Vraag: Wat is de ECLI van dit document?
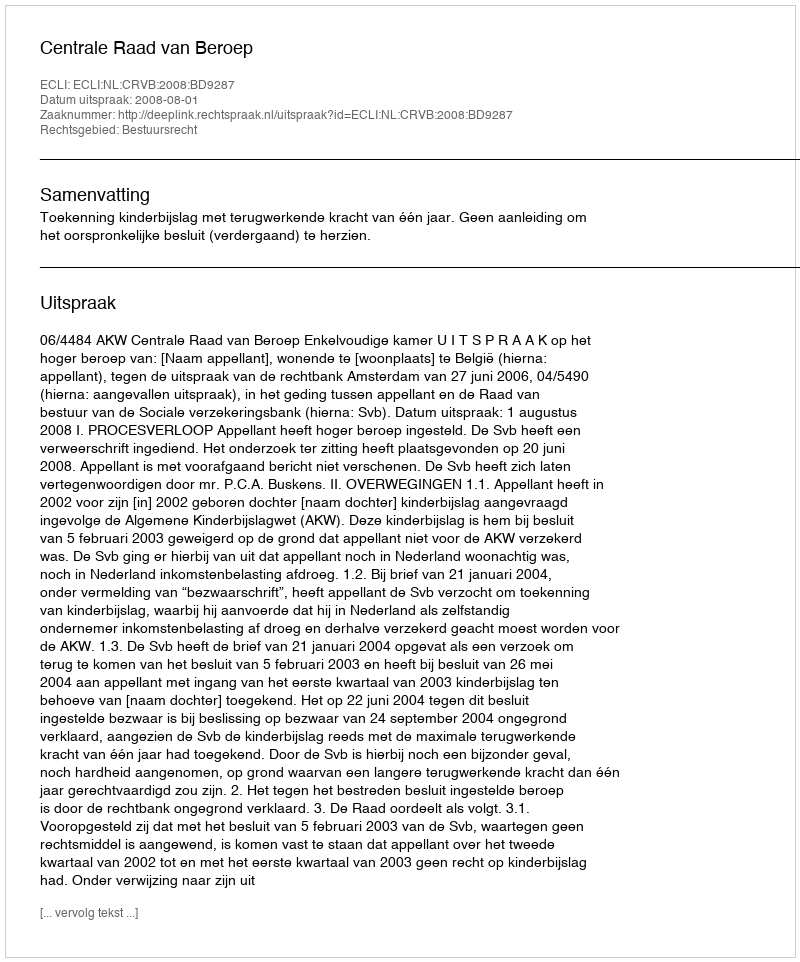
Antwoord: ECLI:NL:CRVB:2008:BD9287